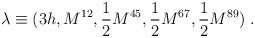
LaTeX: \begin{align*}\lambda \equiv (3h, M^{12}, {1 \over 2} M^{45}, {1 \over 2} M^{67}, {1 \over 2} M^{89}) \; .\end{align*}